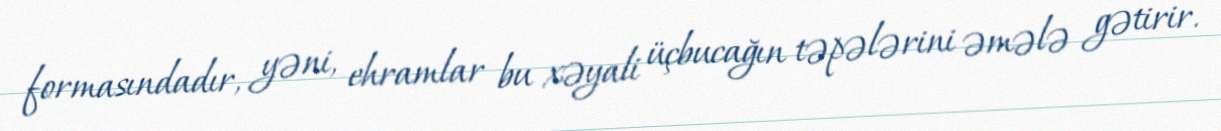
formasındadır, yəni, ehramlar bu xəyali üçbucağın təpələrini əmələ gətirir.